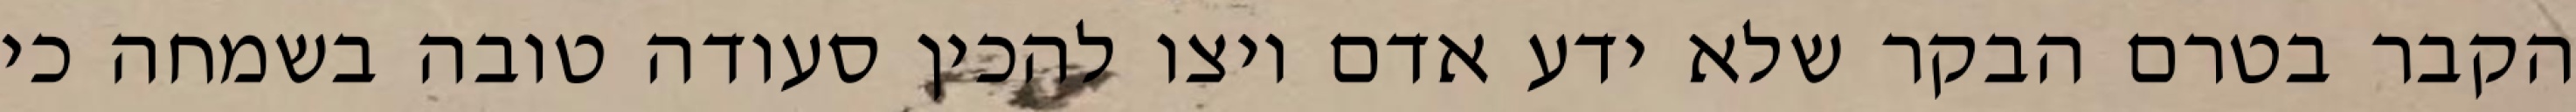
הקבר בטרם הבקר שלא ידע אדם ויצו להכין סעודה טובה בשמחה כי